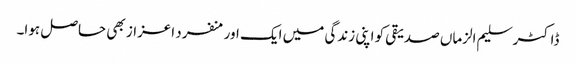
ڈاکٹر سلیم الزماں صدیقی کو اپنی زندگی میں ایک اور منفرد اعزاز بھی حاصل ہوا۔